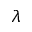
\lambda